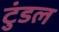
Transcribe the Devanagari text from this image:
टुंडल